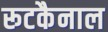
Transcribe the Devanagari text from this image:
रूटकैनाल